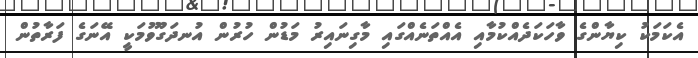
އެކަމަކު ކިޔާންގެ ވާހަކަދެއްކުމާއި އެއްތަނެއްގައި މާގިނައިރު މަޑުން ހުރުން އުނދަގޫވުމަކީ އޭނަގެ ފަރާތުން